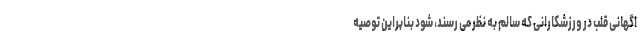
اگهانی قلب در ورزشکارانی که سالم به نظر می رسند، شود بنابراین توصیه